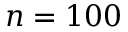
n = 1 0 0